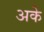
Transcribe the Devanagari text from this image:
अके